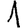
Digit: 1